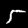
Label: 5